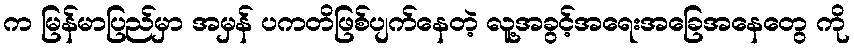
က မြန်မာပြည်မှာ အမှန် ပကတိဖြစ်ပျက်နေတဲ့ လူ့အခွင့်အရေးအခြေအနေတွေ ကို